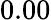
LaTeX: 0.00